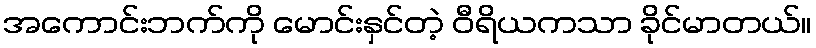
အကောင်းဘက်ကို မောင်းနှင်တဲ့ ဝီရိယကသာ ခိုင်မာတယ်။